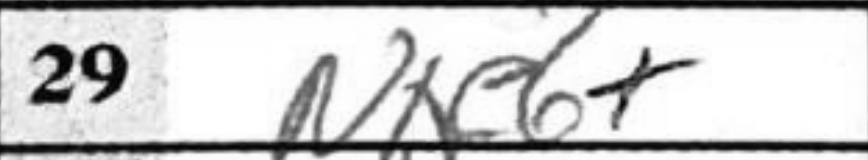
Transcription: Nxe6+